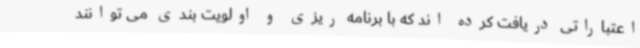
اعتباراتی دریافت کرده اند که با برنامه ریزی و اولویت بندی می توانند